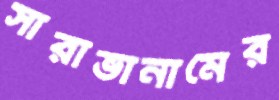
সারাভানামের